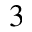
_ 3